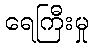
ရေကြီးမှု